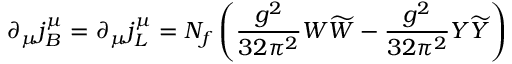
\partial _ { \mu } j _ { B } ^ { \mu } = \partial _ { \mu } j _ { L } ^ { \mu } = N _ { f } \left( \frac { g ^ { 2 } } { 3 2 \pi ^ { 2 } } W \widetilde { W } - \frac { g ^ { 2 } } { 3 2 \pi ^ { 2 } } Y \widetilde { Y } \right)